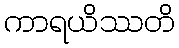
ကာရယိဿတိ